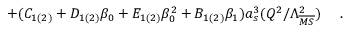
+ ( C _ { 1 ( 2 ) } + D _ { 1 ( 2 ) } \beta _ { 0 } + E _ { 1 ( 2 ) } \beta _ { 0 } ^ { 2 } + B _ { 1 ( 2 ) } \beta _ { 1 } ) a _ { s } ^ { 3 } ( Q ^ { 2 } / \Lambda _ { \overline { { { M S } } } } ^ { 2 } ) ~ ~ ~ ~ .